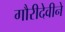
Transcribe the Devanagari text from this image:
गौरीदेवीने